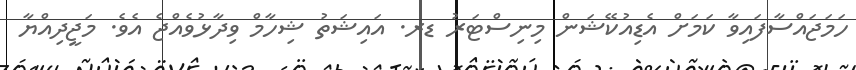
ހަމަޖައްސާފައިވާ ކަމަށް އެޑިއުކޭޝަން މިނިސްޓަރު ޑރ. އައިޝަތު ޝިހާމް ވިދާޅުވެއްޖެ އެވެ. މަޖީދިއްޔާ